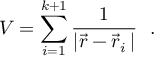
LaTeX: V = \sum _ { i = 1 } ^ { k + 1 } \frac { 1 } { | \vec { r } - \vec { r } _ { i } \, | } ~ ~ .